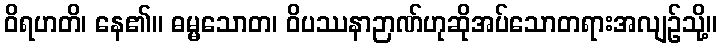
ဝိရဟတိ၊ နေ၏။ ဓမ္မသောတ၊ ဝိပဿနာဉာဏ်ဟုဆိုအပ်သောတရားအလျဉ်သို့။